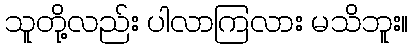
သူတို့လည်း ပါလာကြလား မသိဘူး။